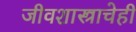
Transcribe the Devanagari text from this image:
जीवशास्त्राचेही